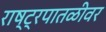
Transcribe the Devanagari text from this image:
राष्ट्रपातळीवर